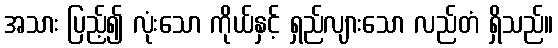
အသား ပြည့်၍ လုံးသော ကိုယ်နှင့် ရှည်လျားသော လည်တံ ရှိသည်။